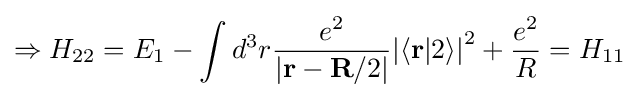
\Rightarrow {{H}_{22}}={{E}_{1}}-\int {{{d}^{3}}r}{\frac {{e}^{2}}{\left|\mathbf {r} -\mathbf {R} /2\right|}}{{\left|\left\langle \mathbf {r} |2\right\rangle \right|}^{2}}+{\frac {{e}^{2}}{R}}={{H}_{11}}